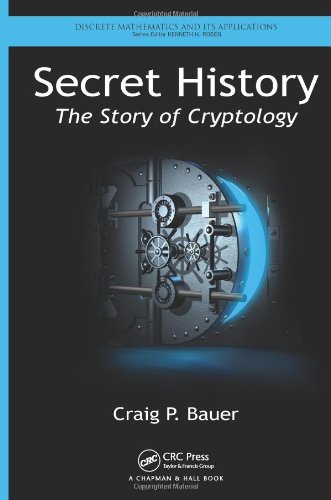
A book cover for Secret History: The Story of Cryptology (Discrete Mathematics and Its Applications); Craig P. Bauer; Computers & Technology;